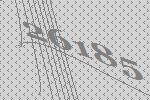
26185